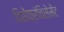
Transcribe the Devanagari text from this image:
दिसेंफ्रंचिसेमेंट